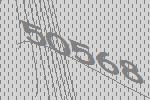
50568